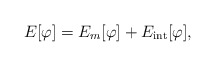
\begin{align*}E [\varphi]=E_m [\varphi]+E_{\rm int} [\varphi],\end{align*}